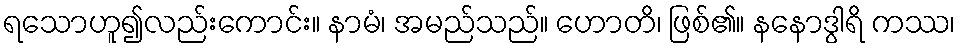
ရသောဟူ၍လည်းကောင်း။ နာမံ၊ အမည်သည်။ ဟောတိ၊ ဖြစ်၏။ နနောဒွါရိ ကဿ၊